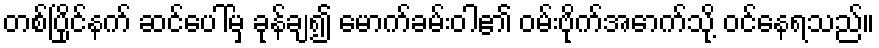
တစ်ပြိုင်နက် ဆင်ပေါ်မှ ခုန်ချ၍ မောက်ခမ်းဝါ၏ ဝမ်းဗိုက်အောက်သို့ ဝင်နေရသည်။